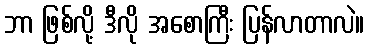
ဘာ ဖြစ်လို့ ဒီလို အစောကြီး ပြန်လာတာလဲ။